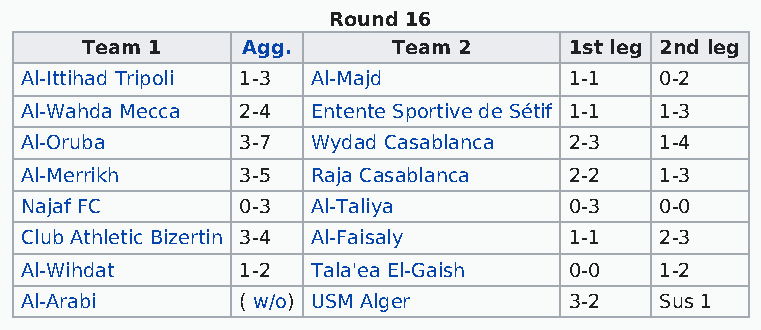
Round 16
 Team 1     Agg.      Team 2      1st leg 2nd leg
 Al-Ittihad Tripoli 1-3 Al-Majd       1-1   0-2
 Al-Wahda Mecca 2-4  Entente Sportive de Sétif 1-1 1-3
 Al-Oruba       3-7  Wydad Casablanca 2-3   1-4
 Al-Merrikh     3-5  Raja Casablanca  2-2   1-3
 Najaf FC       0-3  Al-Taliya        0-3   0-0
 Club Athletic Bizertin 3-4 Al-Faisaly 1-1  2-3
 Al-Wihdat      1-2  Tala'ea El-Gaish 0-0   1-2
 Al-Arabi       ( w/o) USM Alger      3-2   Sus 1